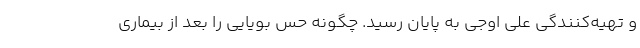
و تهیه‌کنندگی علی اوجی به پایان رسید. چگونه حس بویایی را بعد از بیماری